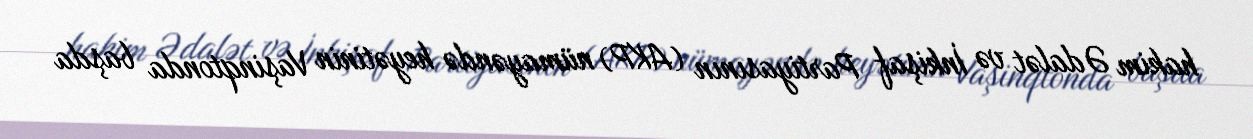
hakim Ədalət və İnkişaf Partiyasının (AKP) nümayəndə heyətinin Vaşinqtonda başda